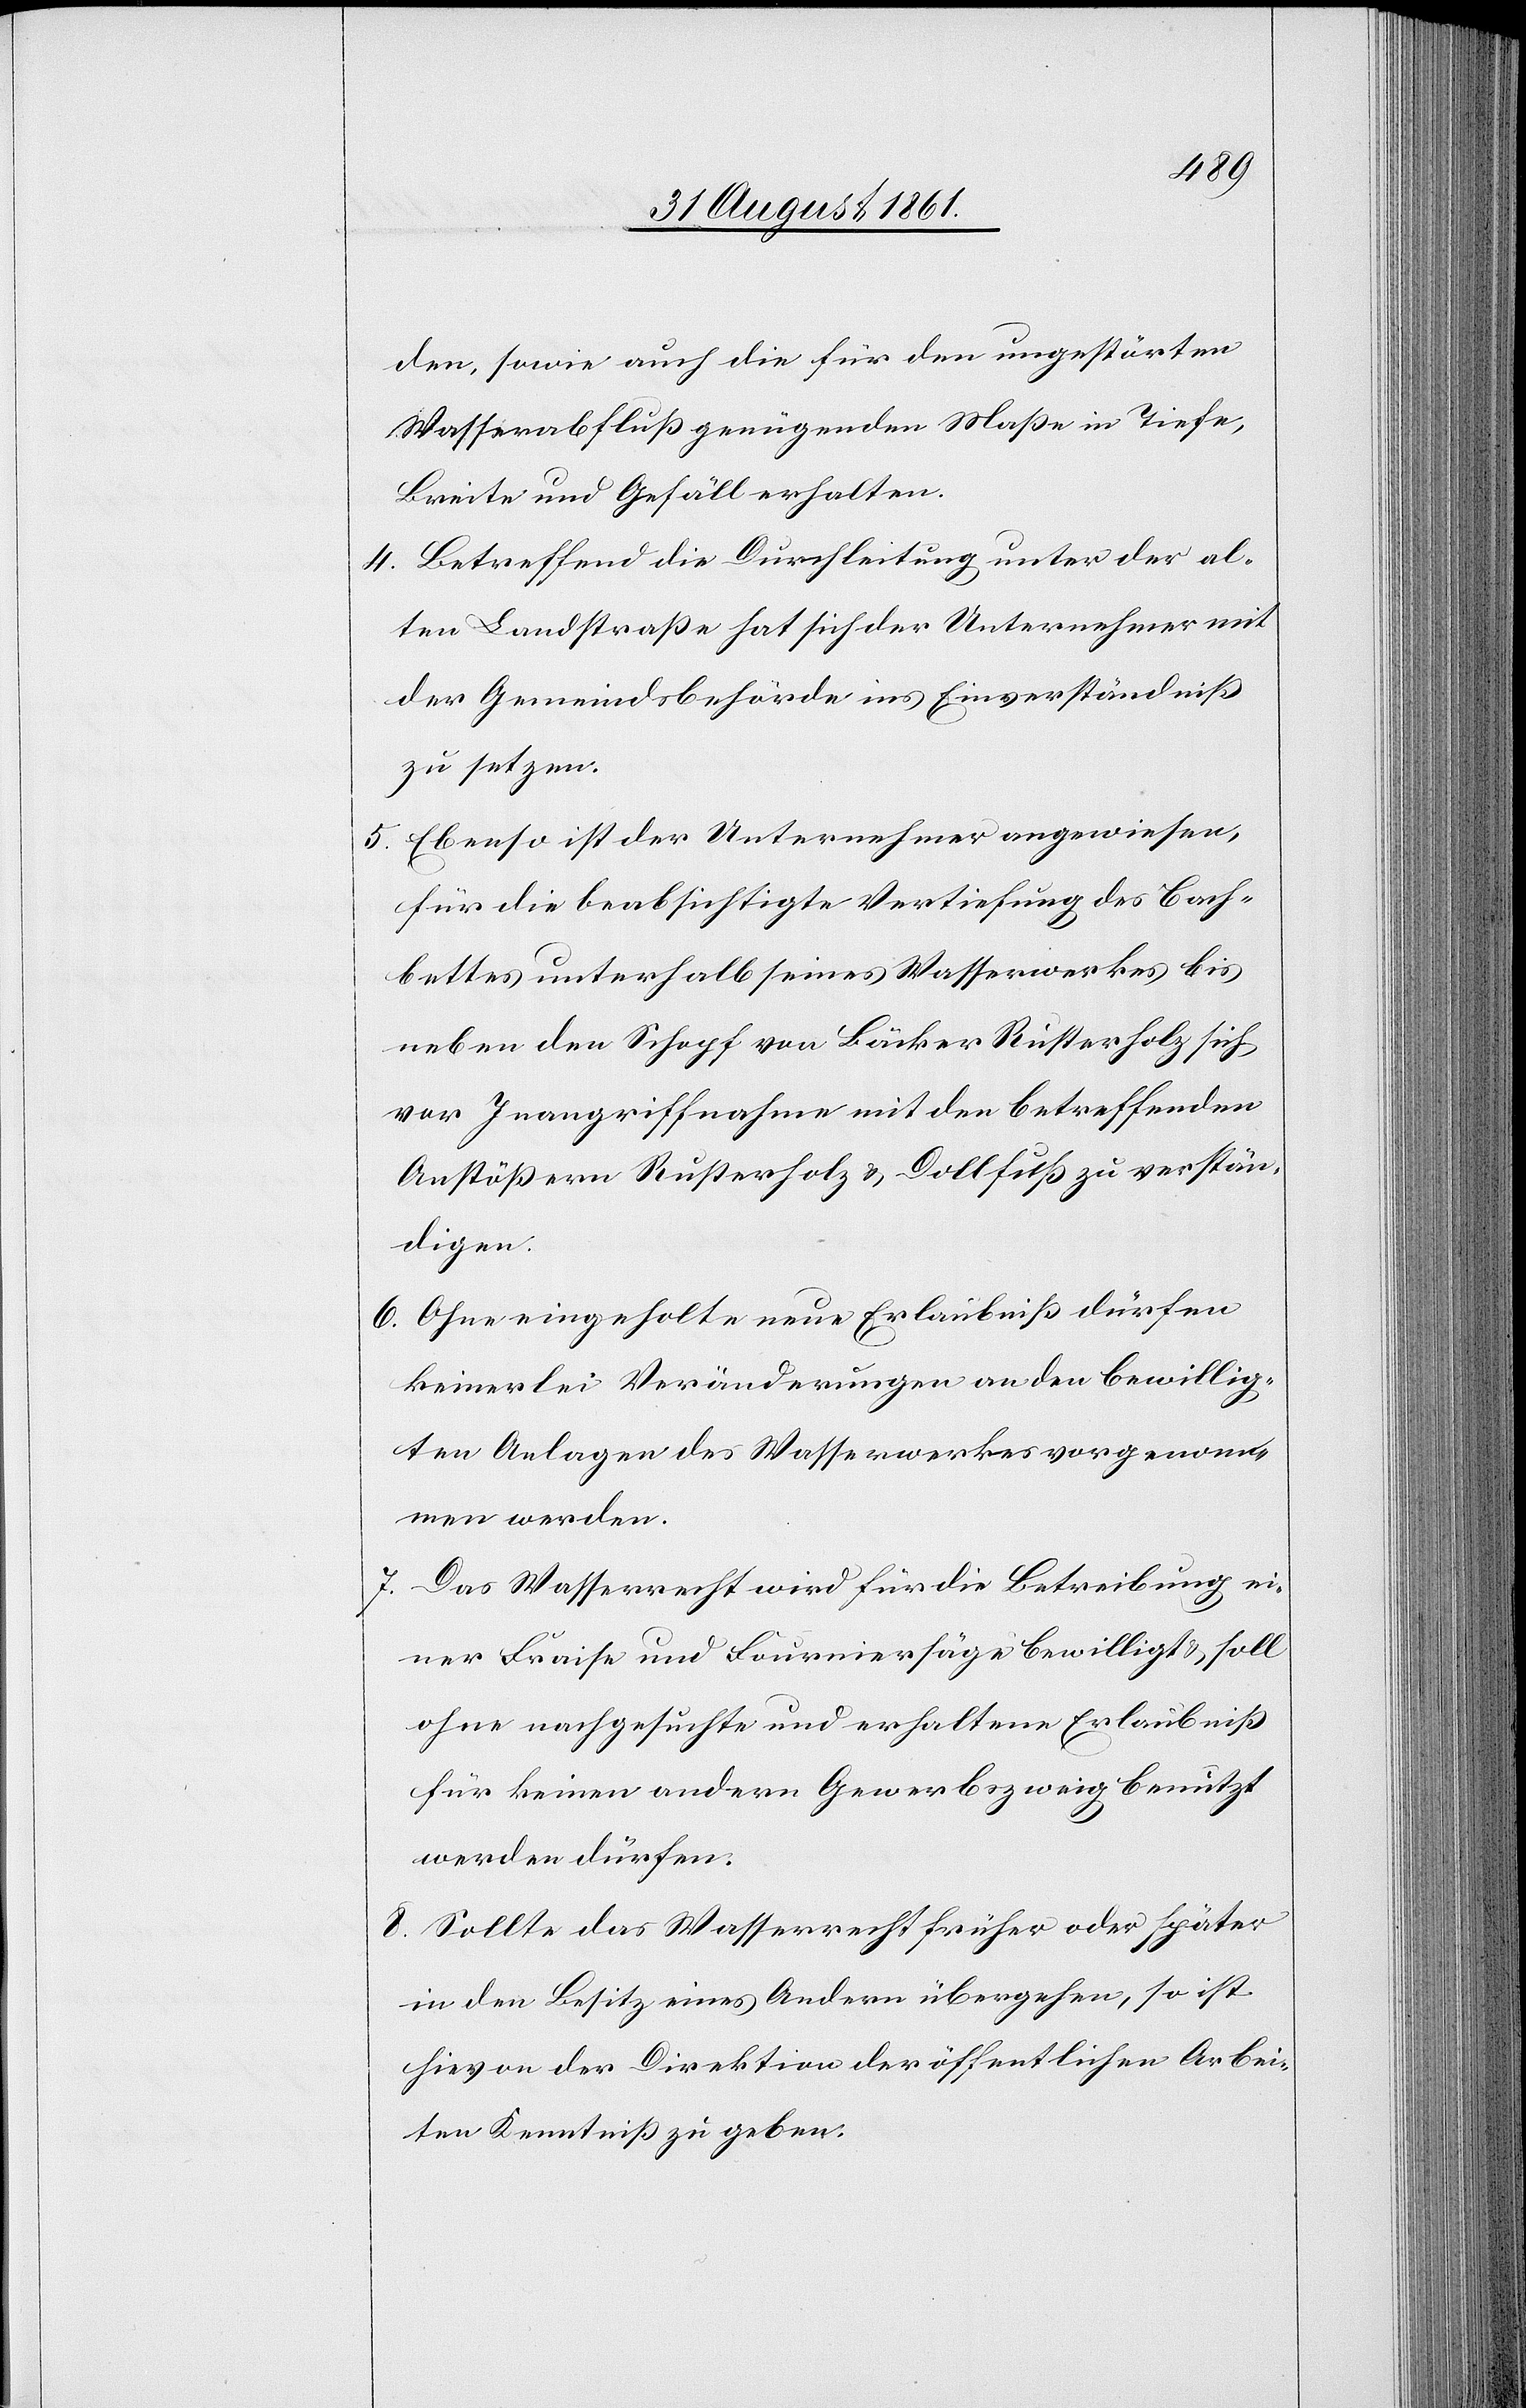
den, sowie auch die für den ungestörten
Wasserabfluß genügenden Maße in Tiefe,
Breite und Gefäll erhalten.
4. Betreffend die Durchleitung unter der al¬
ten Landstraße hat sich der Unternehmer mit
der Gemeindsbehörde ins Einverständniß
zu setzen.
5. Ebenso ist der Unternehmer angewiesen,
für die beabsichtigte Vertiefung des Bach¬
bettes unterhalb seines Wasserwerkes bis
neben den Schopf von Bäcker Rusterholz sich
vor Inangriffnahme mit den betreffenden
Anstößern Rusterholz u. Dollfuß zu verstän¬
digen.
6. Ohne eingeholte neue Erlaubniß dürfen
keinerlei Veränderungen an den bewillig¬
ten Anlagen des Wasserwerkes vorgenom¬
men werden.
7. Das Wasserrecht wird für die Betreibung ei¬
ner Fraise und Fourniersäge bewilligt u. soll
ohne nachgesuchte und erhaltene Erlaubniß
für keinen andern Gewerbszweig benutzt
werden dürfen.
8. Sollte das Wasserrecht früher oder später
in den Besitz eines Andern übergehen, so ist
hievon der Direktion der öffentlichen Arbei¬
ten Kenntniß zu geben.